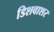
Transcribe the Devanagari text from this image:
डिशवाशर